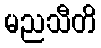
မညသီတိ